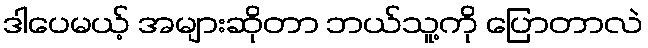
ဒါပေမယ့် အများဆိုတာ ဘယ်သူ့ကို ပြောတာလဲ